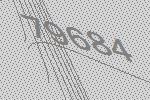
79684